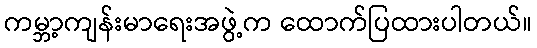
ကမ္ဘာ့ကျန်းမာရေးအဖွဲ့က ထောက်ပြထားပါတယ်။